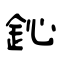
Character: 鈊